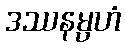
ဒဿနမ္ပဟံ